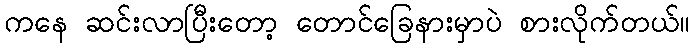
ကနေ ဆင်းလာပြီးတော့ တောင်ခြေနားမှာပဲ စားလိုက်တယ်။